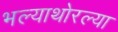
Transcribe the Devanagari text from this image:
भल्याथोरल्या